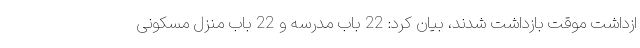
ازداشت موقت بازداشت شدند، بیان کرد: 22 باب مدرسه و 22 باب منزل مسکونی